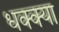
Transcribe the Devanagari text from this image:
धक्क्या